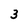
Character: 3